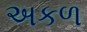
અકળ